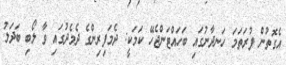
އެގޮތުން ފުރަތަމަ ހަނދާނުގައި ބަހައްޓަންޖެހޭ ކަމަކީ: ދެމަފިރިންގެ ދެމެދުގައި ވާ ލޯބި ބަދަލު